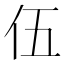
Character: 伍